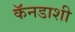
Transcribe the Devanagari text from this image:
कॅनडाशी